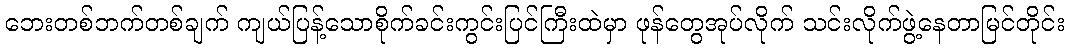
ဘေးတစ်ဘက်တစ်ချက် ကျယ်ပြန့်သောစိုက်ခင်းကွင်းပြင်ကြီးထဲမှာ ဖုန်တွေအုပ်လိုက် သင်းလိုက်ဖွဲ့နေတာမြင်တိုင်း